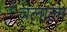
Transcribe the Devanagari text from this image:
चलाला